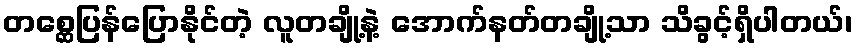
တစ္ဆေပြန်ပြောနိုင်တဲ့ လူတချို့နဲ့ အောက်နတ်တချို့သာ သိခွင့်ရှိပါတယ်၊